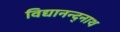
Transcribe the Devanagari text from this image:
विद्यानन्द्नाथ